Kloostri_vallavalitsus, lk 31
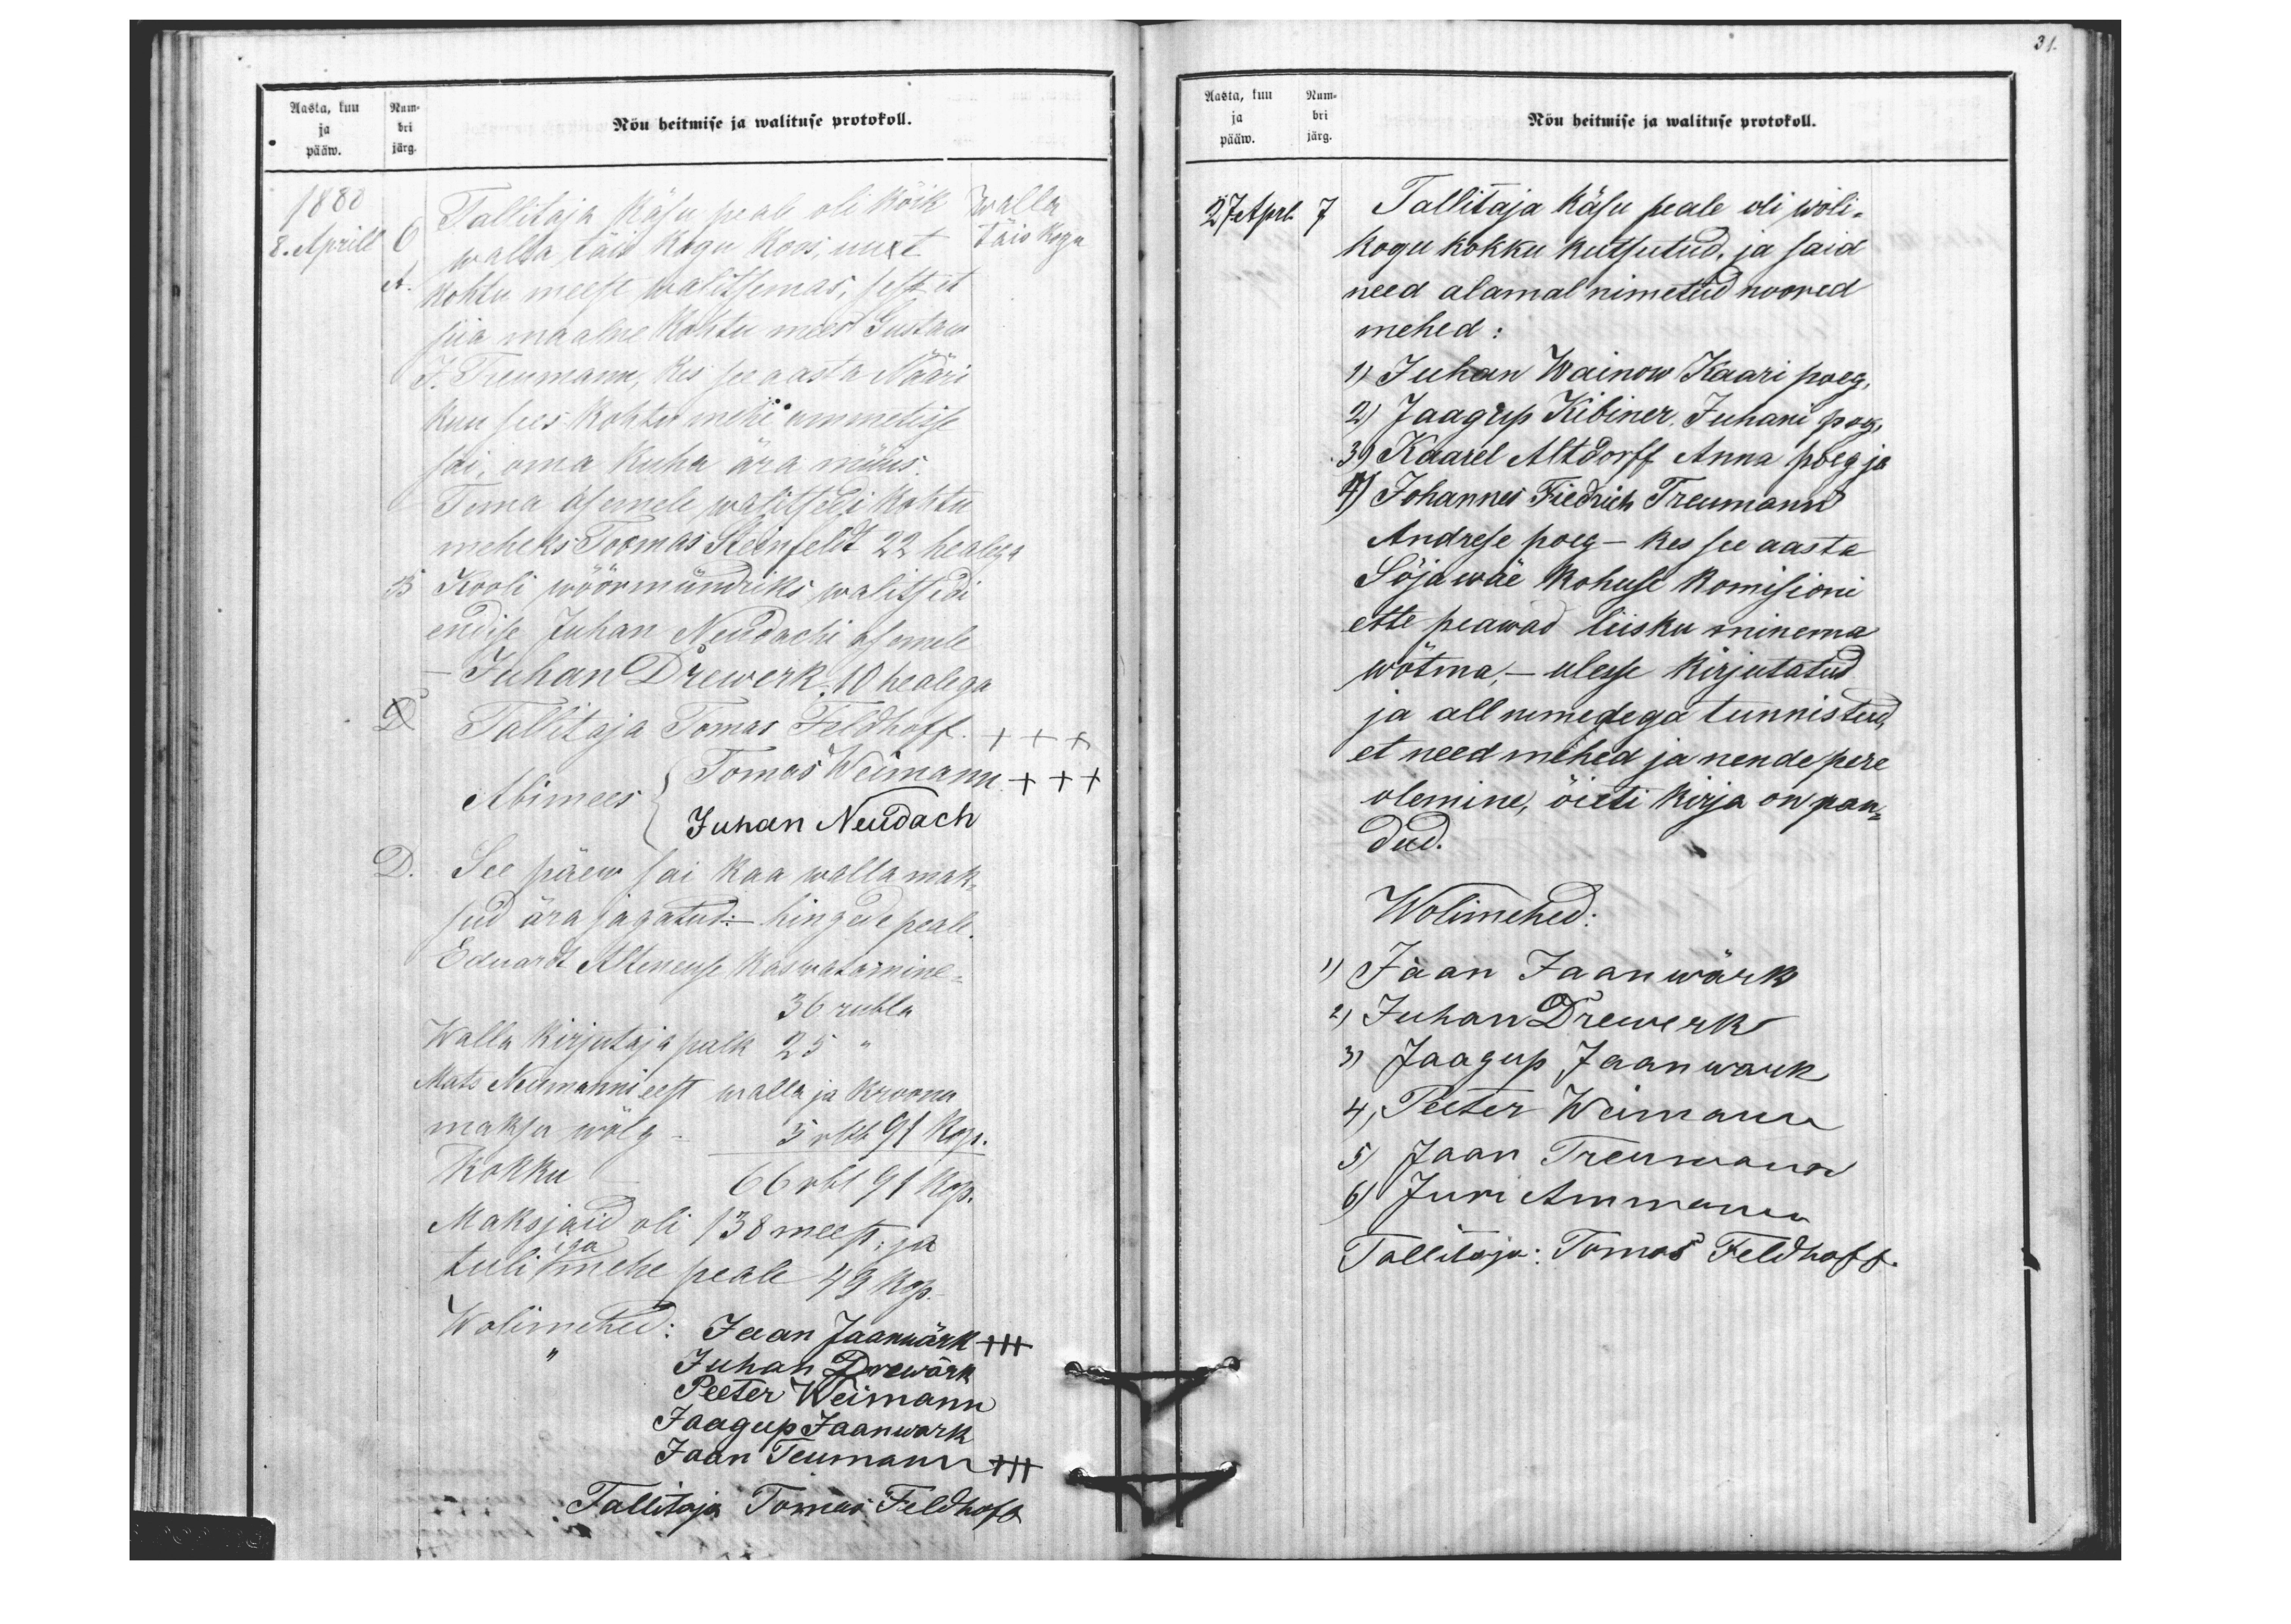
31.

Aasta, kuu Num-
Nõu heitmise ja walituse protokoll.
pääw. järg.
ja bri
1880
Tallitaja Käsu peale oli kõik
walla
8. Aprill
6
walla täis kogu koos, uuet
täis kogu
A
kohtu meest walitsemas, sest et
siia maalne kohtu mees Gustaw
J.Treumann, kes see aasta Nääri
kuu sees kohtu mehe ammetisse
sai, oma kuha ära müüs.
Tema asemele walitsedi kohtu
meheks Toomas Steinfeldt 22 healega
B Kooli wöörmündriks walitsedi
endise Juhan Neudachi asemele
- Juhan Drewerk 10 healega
D
Tallitaja Tomas Feldhoff. +++
Abimees
Tomas Weimann +++
Juhan Neudach
D. See päew sai kaa walla mak-
sud ära jagatud.- hingede peale
Eduardt Alteneuse kaswatamine
36 rubla
Walla kirjutaja palk 25 "
Mats Neumanni eest walla ja Kroonu
maksu wõlg 5 rbl 91 kop.
Kokku 66 rbl 91 kop.
Maksjaid oli 138 meest; ja
iga
tuli mehe peale 49 kop.
Wolimehed: Jaan Jaanwärk +++
Juhan Drewärk
Peeter Weimann
Jaagup Jaanwark
Jaan Teumann +++
Tallitaja Tomas Feldhoff

Aasta, kuu Num-
Nõu heitmise ja walituse protokoll.
ja bri
pääw. järg.
27.April
7 Tallitaja käsu peale oli woli-
kogu kokku kutsutud, ja said
need alamal nimetud noored
mehed:
1) Juhan Wainow Kaari poeg,
2) Jaagrup Kibiner, Juhani poeg,
3) Kaarel Altdorff Anna poeg ja
4) Johannes Friedrich Treumann
Andrese poeg - kes see aasta
Sõjawäe kohuse komisioni
ette peawad liisku minema,
wõtma, - ülesse kirjutatud.
ja all nimedega tunnistud,
et need mehed ja nende pere
olemine, õieti kirja on pan-
dud.
Wolimehed:
1) Jaan Jaanwärk
2) Juhan Drewerk
3) Jaagup Jaanwark,
4) Peeter Weimann
5) Jaan Treumann
6) Juri Ammanni
Tallitaja: Tomas Feldhoff.